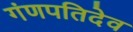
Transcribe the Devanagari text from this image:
गंणपतिदेव